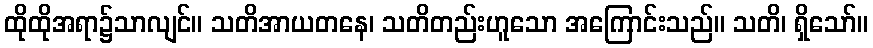
ထိုထိုအရာ၌သာလျင်။ သတိအာယတနေ၊ သတိတည်းဟူသော အကြောင်းသည်။ သတိ၊ ရှိသော်။